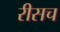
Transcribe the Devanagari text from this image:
रीसच